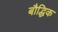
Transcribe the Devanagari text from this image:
बौद्धिक